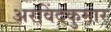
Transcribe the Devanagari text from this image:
अरविंदकुमार